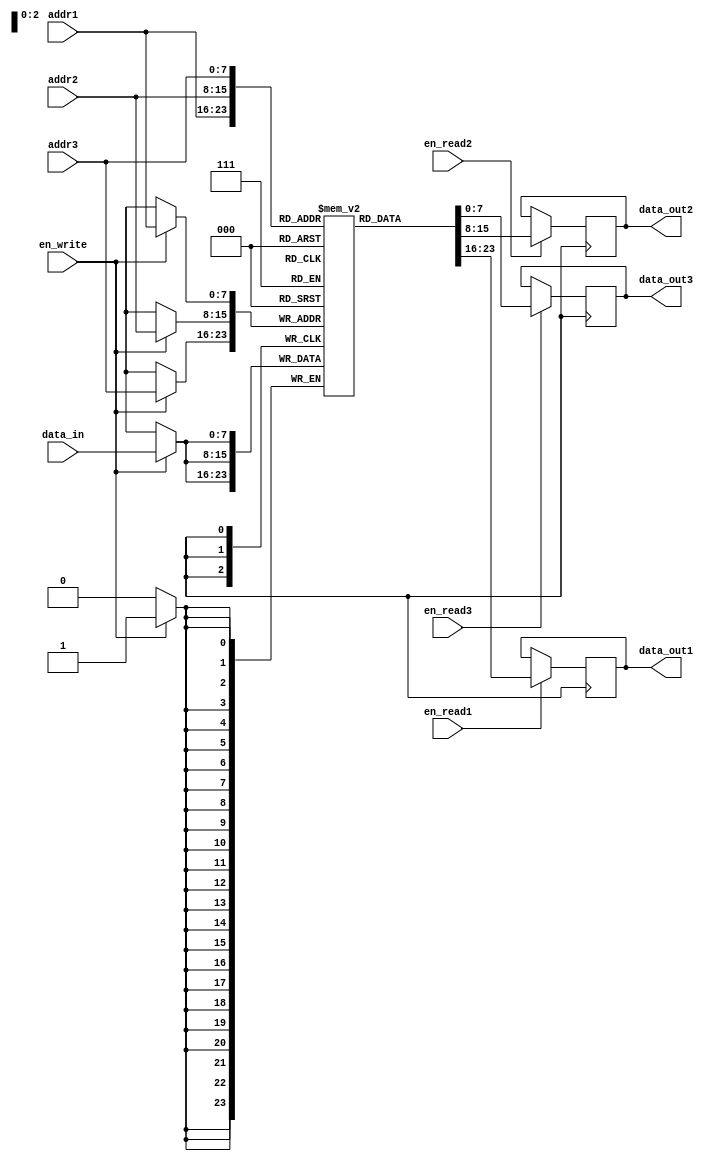
module register_file(
    input [7:0] addr1,
    input [7:0] addr2,
    input [7:0] addr3,
    input [7:0] data_in,
    input en_write,
    input en_read1,
    input en_read2,
    input en_read3,
    output reg [7:0] data_out1,
    output reg [7:0] data_out2,
    output reg [7:0] data_out3
);

reg [7:0] mem_block [0:255]; // Memory blocks to store data values

always @ (posedge clk) begin
    if (en_write) begin
        mem_block[addr1] <= data_in;
        mem_block[addr2] <= data_in;
        mem_block[addr3] <= data_in;
    end
    
    if (en_read1) begin
        data_out1 <= mem_block[addr1];
    end

    if (en_read2) begin
        data_out2 <= mem_block[addr2];
    end
    
    if (en_read3) begin
        data_out3 <= mem_block[addr3];
    end
end

endmodule